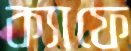
ক্যাফে